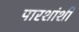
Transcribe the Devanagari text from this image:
पारशांशी